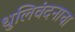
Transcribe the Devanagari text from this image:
धुलिवंदनाचा